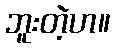
ဘူးတဲ့ဟ။